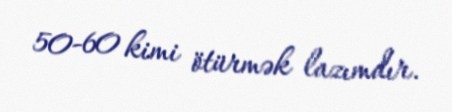
50-60 kimi ötürmək lazımdır.